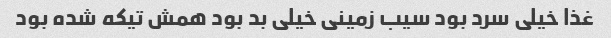
غذا خیلی سرد بود سیب زمینی خیلی بد بود همش تیکه شده بود